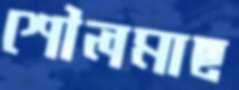
শৌলমাছ